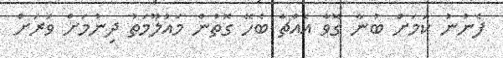
ފެނުނު ކަމަށް ބުނާ ގޮވާ އެއްޗާ ބެހޭ ގޮތުން މައުލޫމަތު ދިނުމަށް ވަރަށް